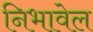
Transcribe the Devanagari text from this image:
निभावेल